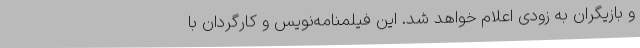
و بازیگران به زودی اعلام خواهد شد. این فیلمنامه‌نویس و کارگردان با